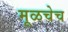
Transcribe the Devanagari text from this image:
मूळचेच